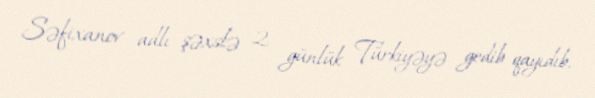
Səfixanov adlı şəxslə 2 günlük Türkiyəyə gedib qayıdıb.